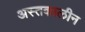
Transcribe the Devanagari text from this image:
अस्तकालीन